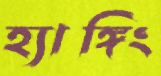
হ্যাঙ্গিং